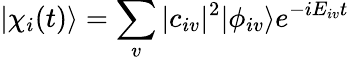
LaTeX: |\chi_{i}(t)\rangle=\sum_{v}|c_{iv}|^{2}|\phi_{iv}\rangle e^{-iE_{iv}t}